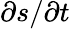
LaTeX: \partial s/\partial t